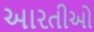
આરતીઓ